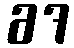
67